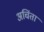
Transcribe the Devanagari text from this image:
अचिंता